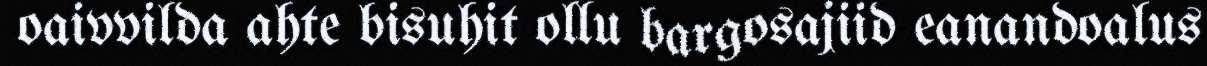
oaivvilda ahte bisuhit ollu bargosajiid eanandoalus